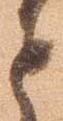
と